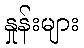
နှုန်းများ